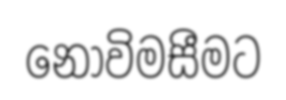
නොවිමසීමට